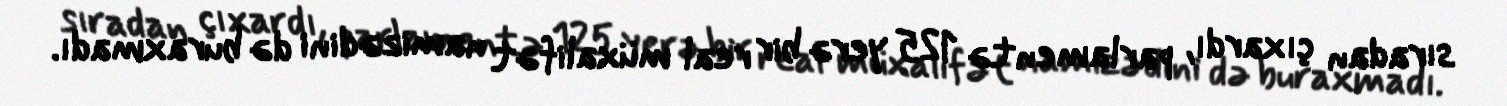
sıradan çıxardı, parlamentə 125 yerə bir real müxalifət namizədini də buraxmadı.